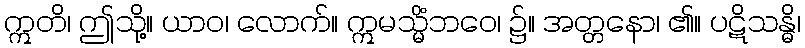
ဣတိ၊ ဤသို့။ ယာဝ၊ လောက်။ ဣမသ္မိံဘဝေ၊ ၌။ အတ္တနော၊ ၏။ ပဋိသန္ဓိ၊